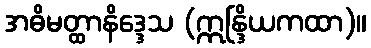
အဓိမတ္ထာနိဒ္ဒေသ (ဣန္ဒြိယကထာ)။